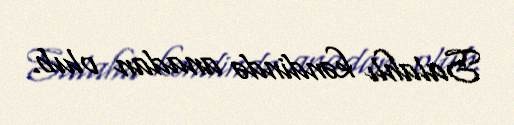
Salahlı kəndində anadan olub.